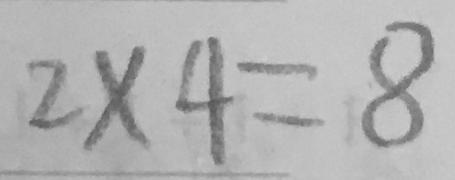
2 \times 4 = 8